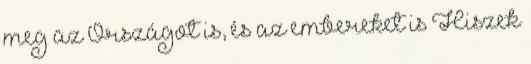
meg az Országot is, és az embereket is Hiszek